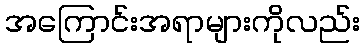
အကြောင်းအရာများကိုလည်း